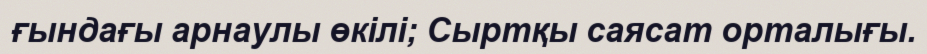
ғындағы арнаулы өкілі; Сыртқы саясат орталығы.